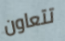
تتعاون